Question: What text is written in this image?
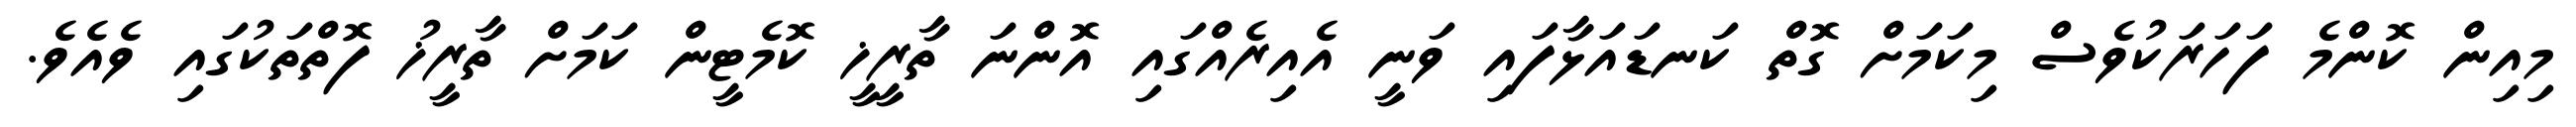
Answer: މިއިން ކޮންމެ ފަހަރަކުވެސް މިކަމަށް ގޮތް ކަނޑައަޅާފައި ވަނީ އެއިރެއްގައި އޮންނަ ތާރީޚީ ކޮމެޓީން ކަމަށް ތާރީޚު ފޮތްތަކުގައި ވެއެވެ.